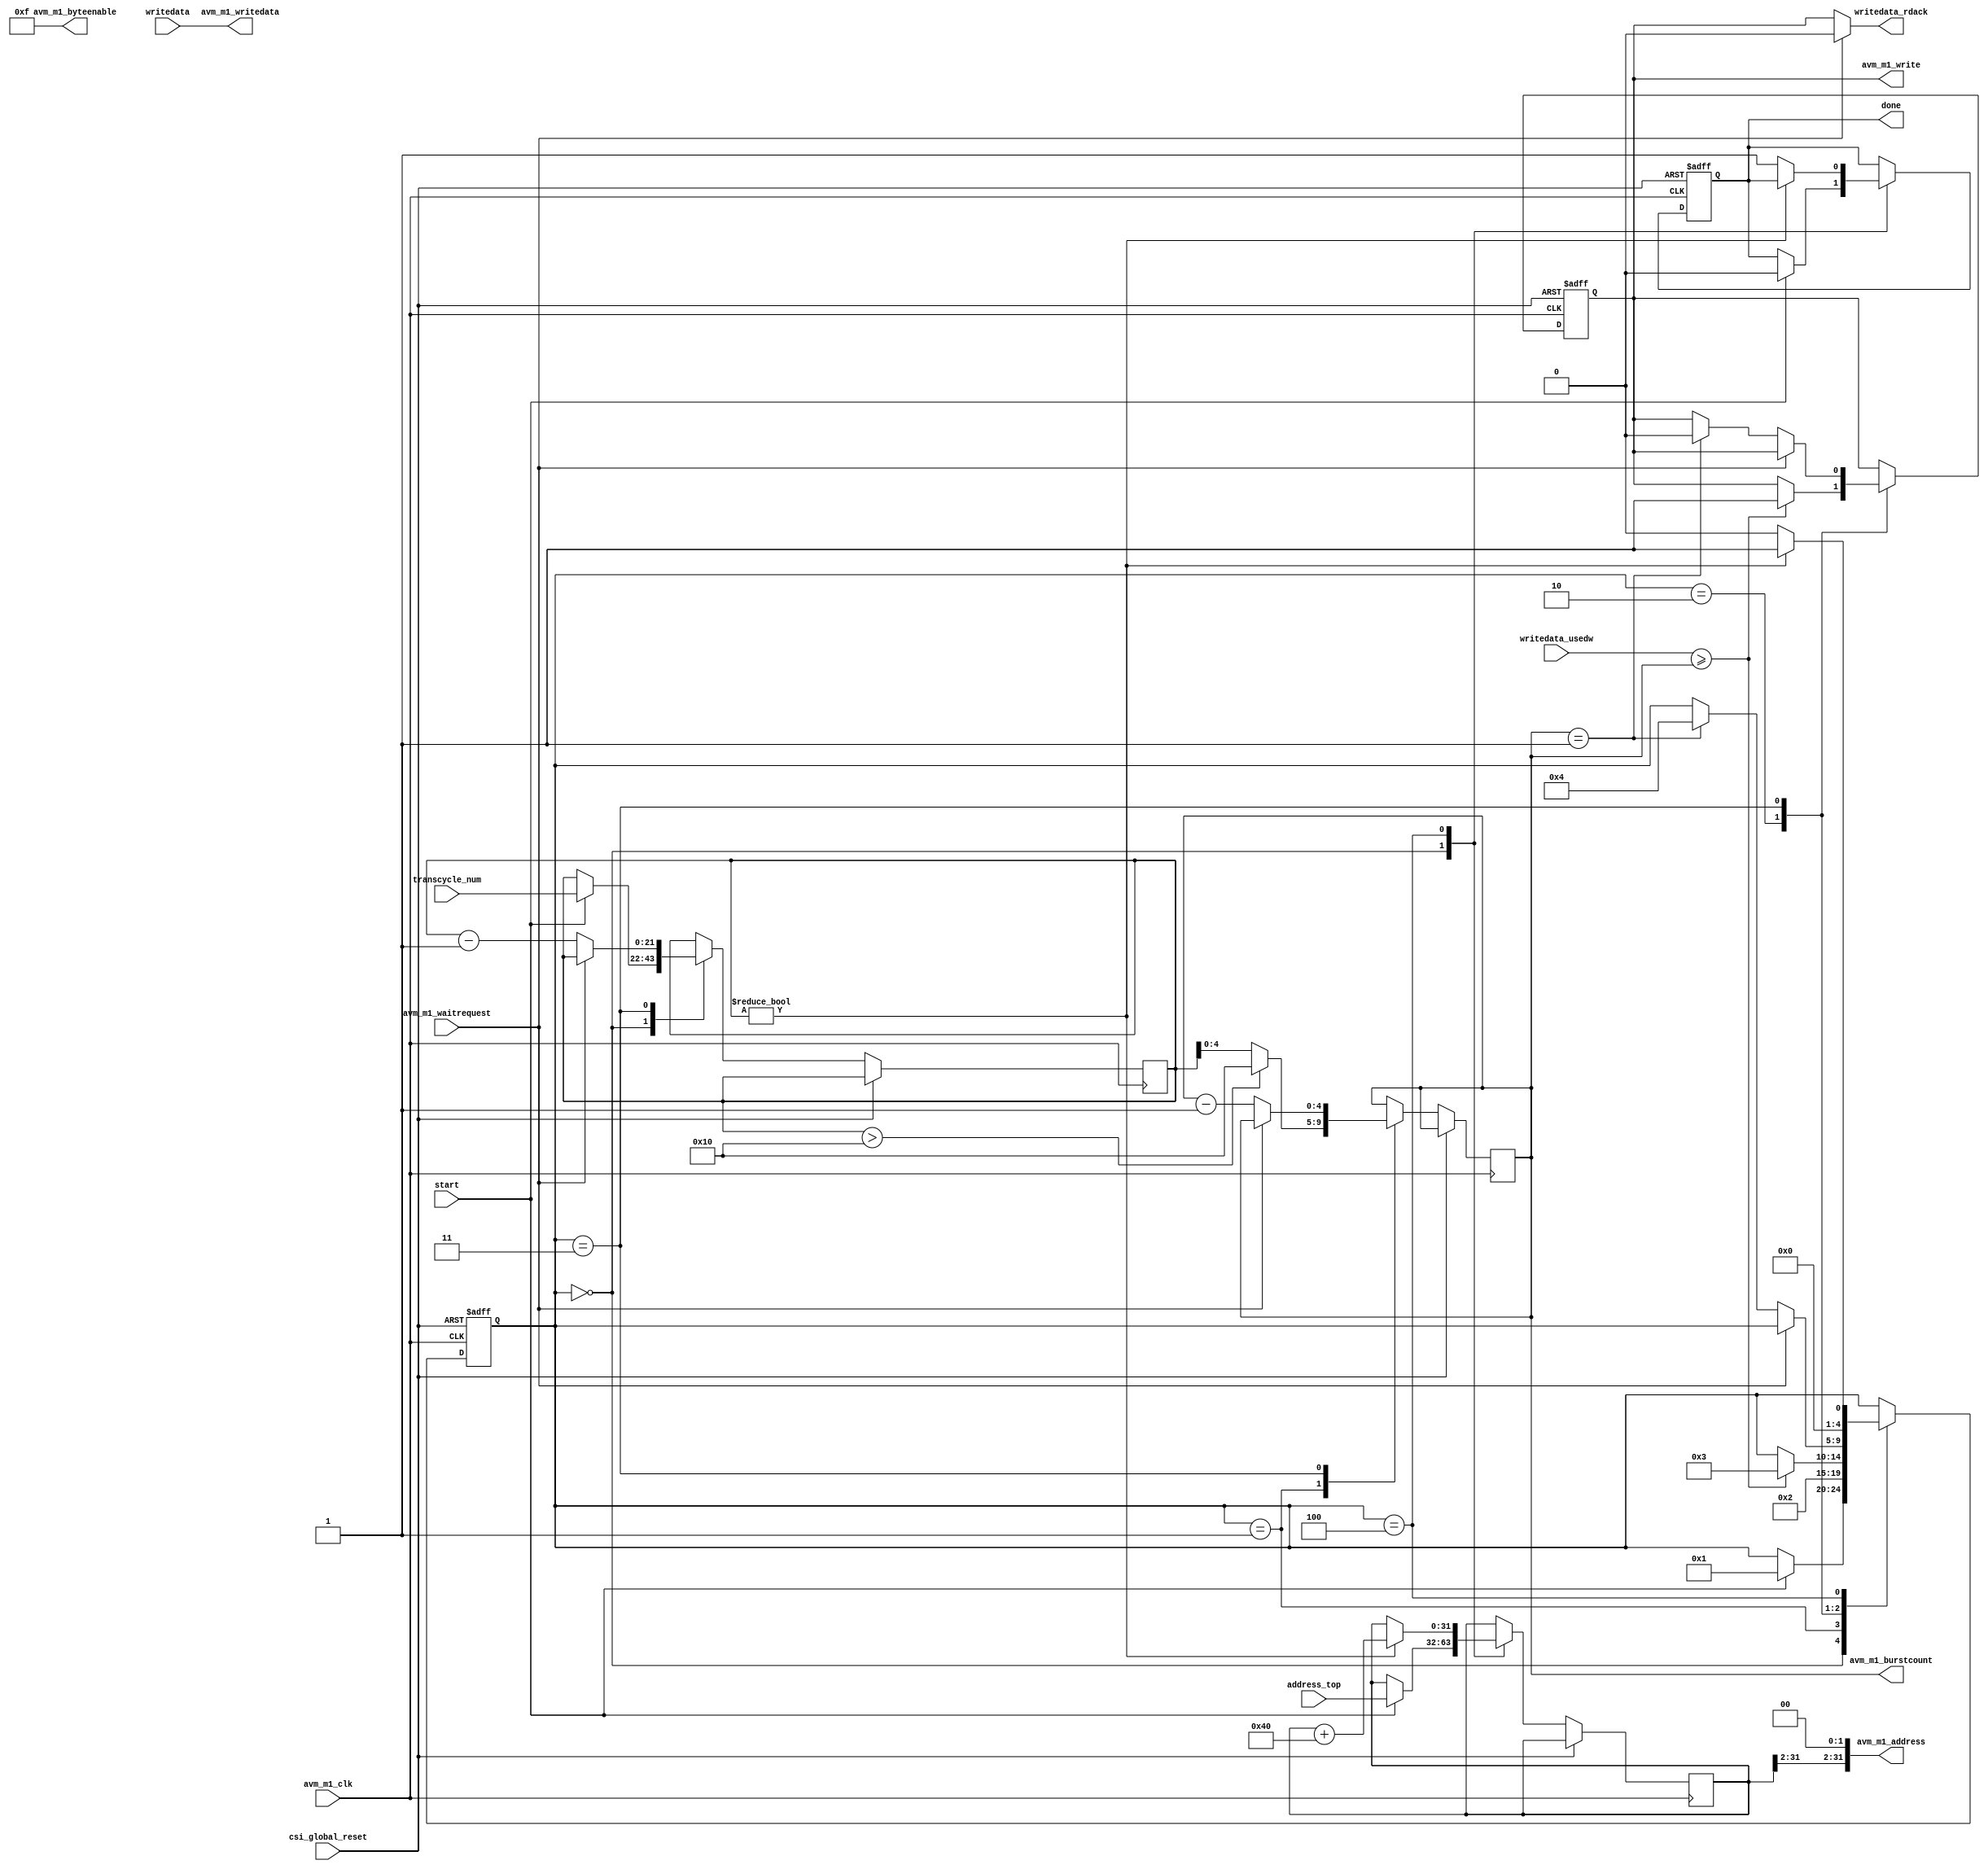
// ===================================================================
// TITLE : PERIDOT-NGS / DVP Avalon-MM master(32bitn-burst)
//
//   DEGISN : S.OSAFUNE (J-7SYSTEM WORKS LIMITED)
//   MODIFY : 2023/01/04  
//
// ===================================================================
//
// The MIT License (MIT)
// Copyright (c) 2017,2018 J-7SYSTEM WORKS LIMITED.
//
// Permission is hereby granted, free of charge, to any person obtaining a copy of
// this software and associated documentation files (the "Software"), to deal in
// the Software without restriction, including without limitation the rights to
// use, copy, modify, merge, publish, distribute, sublicense, and/or sell copies
// of the Software, and to permit persons to whom the Software is furnished to do
// so, subject to the following conditions:
//
// The above copyright notice and this permission notice shall be included in all
// copies or substantial portions of the Software.
//
// THE SOFTWARE IS PROVIDED "AS IS", WITHOUT WARRANTY OF ANY KIND, EXPRESS OR
// IMPLIED, INCLUDING BUT NOT LIMITED TO THE WARRANTIES OF MERCHANTABILITY,
// FITNESS FOR A PARTICULAR PURPOSE AND NONINFRINGEMENT. IN NO EVENT SHALL THE
// AUTHORS OR COPYRIGHT HOLDERS BE LIABLE FOR ANY CLAIM, DAMAGES OR OTHER
// LIABILITY, WHETHER IN AN ACTION OF CONTRACT, TORT OR OTHERWISE, ARISING FROM,
// OUT OF OR IN CONNECTION WITH THE SOFTWARE OR THE USE OR OTHER DEALINGS IN THE
// SOFTWARE.
//


// Verilog-2001 / IEEE 1364-2001
`default_nettype none

module peridot_cam_avm #(
	parameter BURSTCOUNT_WIDTH		= 4,			// (2^BURSTCOUNT_WIDTH)
	parameter TRANSCYCLE_WIDTH		= 22			// (2^TRANSCYCLE_WIDTH-1)
) (
	// Interface: clk
	input wire			csi_global_reset,
	input wire			avm_m1_clk,

	// Interface: Avalon-MM master
	output wire [31:0]	avm_m1_address,
	output wire			avm_m1_write,
	output wire [31:0]	avm_m1_writedata,
	output wire [3:0]	avm_m1_byteenable,
	output wire [BURSTCOUNT_WIDTH:0] avm_m1_burstcount,
	input wire			avm_m1_waitrequest,

	// External Interface
	input wire [31:0]	address_top,					// (2bit) 
	input wire [TRANSCYCLE_WIDTH-1:0] transcycle_num,	// (32bit) 
	input wire			start,
	output wire			done,

	input wire [BURSTCOUNT_WIDTH:0] writedata_usedw,	// FIFO (02^BURSTCOUNT_WIDTH)
	input wire [31:0]	writedata,
	output wire			writedata_rdack
);


/* =====  ========== */



/* -----  ------------------ */

	localparam BURSTUNIT		= 2**BURSTCOUNT_WIDTH;

	localparam STATE_IDLE		= 5'd0;
	localparam STATE_SETUP		= 5'd1;
	localparam STATE_START		= 5'd2;
	localparam STATE_BURSTWRITE	= 5'd3;
	localparam STATE_LOOP		= 5'd4;


/*  */

/* =====  ====================== */
				/*  */
	wire			reset_sig = csi_global_reset;	//  

				/*  */
	wire			avm_clk_sig = avm_m1_clk;		// Avalon 

	reg  [4:0]		avmstate_reg;
	reg				done_reg;
	reg  [TRANSCYCLE_WIDTH-1:0] chunkcount_reg;
	reg  [BURSTCOUNT_WIDTH:0] datacount_reg;
	reg  [31:0]		address_reg;
	reg				write_reg;

	wire [31:0]		avm_writedata_sig;


/* wirereg */

/* =====  ============== */



/* =====  ============== */

	///// AvalonMM /////

	assign done = done_reg;

	assign avm_m1_address = {address_reg[31:2], 2'b0};
	assign avm_m1_write = write_reg;
	assign avm_m1_writedata = writedata;
	assign avm_m1_byteenable = 4'b1111;				// 32bit 
	assign avm_m1_burstcount = datacount_reg;		//  

	assign writedata_rdack = (!avm_m1_waitrequest)? write_reg : 1'b0;	//  

	always @(posedge avm_clk_sig or posedge reset_sig) begin
		if (reset_sig) begin
			avmstate_reg <= STATE_IDLE;
			done_reg <= 1'b1;
			write_reg <= 1'b0;
		end
		else begin
			case (avmstate_reg)
				STATE_IDLE : begin					// IDLE 
					if (start) begin
						avmstate_reg <= STATE_SETUP;
						done_reg <= 1'b0;
						chunkcount_reg <= transcycle_num;
						address_reg <= address_top;
					end
				end

				STATE_SETUP : begin					//  
					avmstate_reg <= STATE_START;
					if (chunkcount_reg > BURSTUNIT[TRANSCYCLE_WIDTH-1:0]) begin
						datacount_reg <= BURSTUNIT[BURSTCOUNT_WIDTH:0];
					end
					else begin
						datacount_reg <= chunkcount_reg[BURSTCOUNT_WIDTH:0];
					end
				end

				STATE_START : begin					// FIFO 
					if (writedata_usedw >= datacount_reg) begin
						avmstate_reg <= STATE_BURSTWRITE;
						write_reg <= 1'b1;
					end
				end

				STATE_BURSTWRITE : begin			//  
					if (!avm_m1_waitrequest) begin
						if (datacount_reg == 1'd1) begin
							avmstate_reg <= STATE_LOOP;
							write_reg <= 1'b0;
						end

						datacount_reg <= datacount_reg - 1'd1;
						chunkcount_reg <= chunkcount_reg - 1'd1;
					end
				end

				STATE_LOOP : begin					//  
					if (chunkcount_reg) begin
						avmstate_reg <= STATE_SETUP;
						address_reg <= address_reg + (BURSTUNIT<<2);
					end
					else begin
						avmstate_reg <= STATE_IDLE;
						done_reg <= 1'b1;
					end
				end
			endcase

		end
	end



endmodule